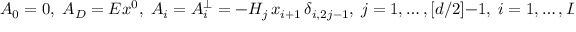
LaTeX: A _ { 0 } = 0 , \; A _ { D } = E x ^ { 0 } , \; A _ { i } = A _ { i } ^ { \perp } = - H _ { j } \, x _ { i + 1 } \, \delta _ { i , 2 j - 1 } , \; j = 1 , \ldots , [ d / 2 ] - 1 , \; i = 1 , \ldots , D - 1 .